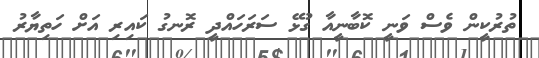
ތުރުކީން ވެސް ވަނީ ކޮބާނީއާ ގުޅޭ ސަރަހައްދީ ރޮނގު ކައިރި އަށް ހަތިޔާރު